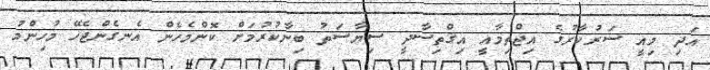
އަދި މިއީ ސަރުކާރުގެ އިޖްތިމާއީ އިޤްތިސާދީ ސިޔާސަތު ބިނާކުރުމަށް ކޮންމެހެން އެނގެންޖެހޭ މުހިންމު